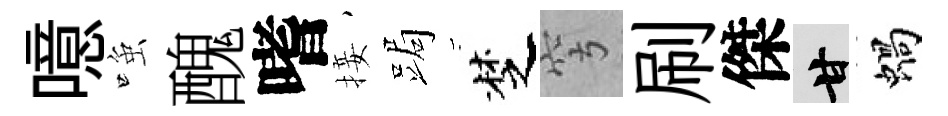
噫𫪻醜嗜接跼椘穹刷傑甘蝸